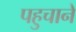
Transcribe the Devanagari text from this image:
पहुचानें